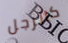
كالرجل